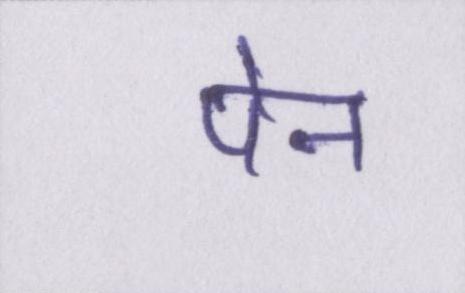
पेन